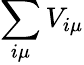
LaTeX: \sum_{i\mu}V_{i\mu}